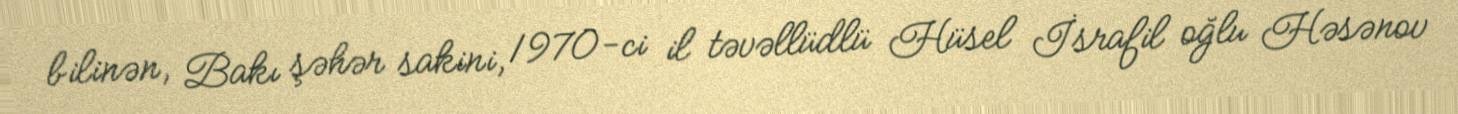
bilinən, Bakı şəhər sakini, 1970-ci il təvəllüdlü Hüsel İsrafil oğlu Həsənov